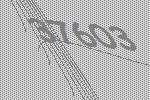
37603